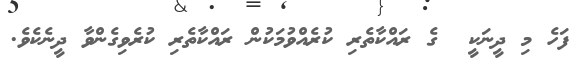
ފަހެ މި ދީނަކީ  ގެ ރައްކާތެރި ކުރެއްވުމަކުން ރައްކާތެރި ކުރެވިގެންވާ ދީނެކެވެ.